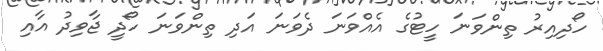
ހޯދިއިރު ތިންވަނަ ހީޓުގެ އެއްވަނަ ދެވަނަ އަދި ތިންވަނަ ހޯދީ ޖާވިދު އާއި